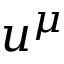
u ^ { \mu }